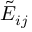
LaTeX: { \tilde { E } } _ { i j }